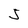
Character: s